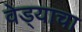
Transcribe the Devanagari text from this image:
वेड्याचा